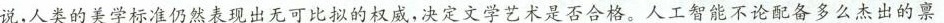
说，人类的美学标准仍然表现出无可比拟的权威，决定文学艺术是否合格。人工智能不论配备多么杰出的禀